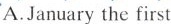
A.January the first